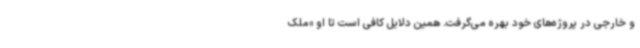
و خارجی در پروژه‌های خود بهره می‌گرفت. همین دلایل کافی است تا او «ملک